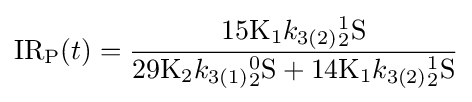
{\mathrm {IR} {\vphantom {A}}_{\smash[{t}]{\mathrm {P} }}}(t)={\dfrac {15{\mathrm {K} {\vphantom {A}}_{\smash[{t}]{1}}}{k}_{3(2)}{_{2}^{1}}{\ce {S}}}{29{\mathrm {K} {\vphantom {A}}_{\smash[{t}]{2}}}{k}_{3(1)}{_{2}^{0}}{\ce {S}}+14{\mathrm {K} {\vphantom {A}}_{\smash[{t}]{1}}}{k}_{3(2)}{_{2}^{1}}{\ce {S}}}}